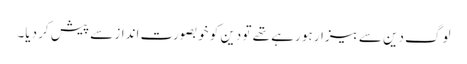
لوگ دین سے بیزار ہو رہے تھے تو دین کو خوبصورت انداز سے پیش کر دیا۔